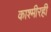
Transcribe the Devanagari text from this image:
काश्मीरही